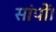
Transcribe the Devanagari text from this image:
सांपों।